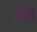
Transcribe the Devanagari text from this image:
रूश